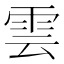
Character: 雲